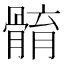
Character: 𩩣